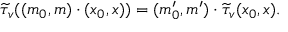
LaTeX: \widetilde { \tau } _ { v } ( ( m _ { 0 } , m ) \cdot ( x _ { 0 } , x ) ) = ( m _ { 0 } ^ { \prime } , m ^ { \prime } ) \cdot \widetilde { \tau } _ { v } ( x _ { 0 } , x ) .